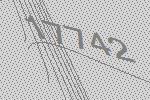
17742